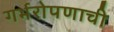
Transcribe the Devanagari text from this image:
गर्भरोपणाची